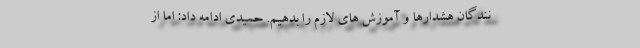
نندگان هشدارها و آموزش های لازم را بدهیم. حمیدی ادامه داد: اما از